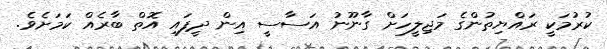
ކުރުމަކީ ރައްޔިތުންގެ މަޖިލީހަށް ގާނޫނު އަސާސީ އިން ދީފައި އޮތް ބާރެއް ކަމަށެވެ.